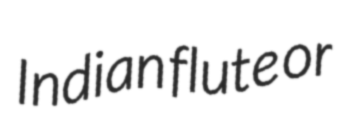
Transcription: Indian flute or